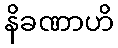
နိခဏာဟိ